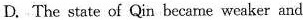
D.The state of Qin became weaker and